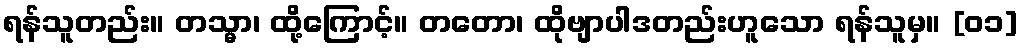
ရန်သူတည်း။ တသ္မာ၊ ထို့ကြောင့်။ တတော၊ ထိုဗျာပါဒတည်းဟူသော ရန်သူမှ။ [၀၁]